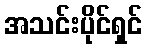
အသင်းပိုင်ရှင်